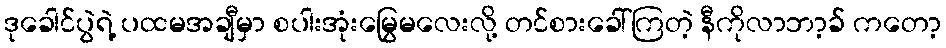
ဒုခေါင်ပွဲရဲ့ ပထမအချီမှာ စပါးအုံးမြွေမလေးလို့ တင်စားခေါ်ကြတဲ့ နီကိုလာဘာ့ခ် ကတော့